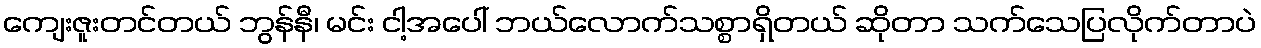
ကျေးဇူးတင်တယ် ဘွန်နီ၊ မင်း ငါ့အပေါ် ဘယ်လောက်သစ္စာရှိတယ် ဆိုတာ သက်သေပြလိုက်တာပဲ